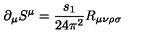
\partial _ { \mu } S ^ { \mu } = \frac { s _ { 1 } } { 2 4 \pi ^ { 2 } } R _ { \mu \nu \rho \sigma }